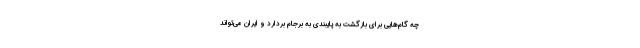
چه گام‌هایی برای بازگشت به پایبندی به برجام بردارد و ایران می‌تواند